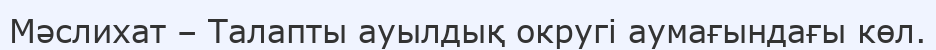
Мәслихат – Талапты ауылдық округі аумағындағы көл.